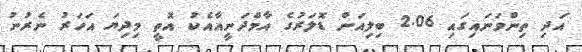
އަދި ތިންވަނައިގައި 2.06 ބިލިއަން ޑޮލަރުގެ އާމްދަނީއާއެކު އޮތީ މިދިޔަ އަހަރު ނެރުނު